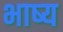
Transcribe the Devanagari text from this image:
भाष्‍य